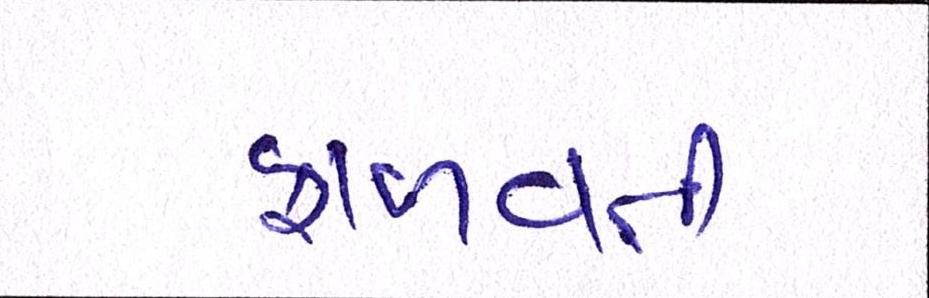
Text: ફાળવતી